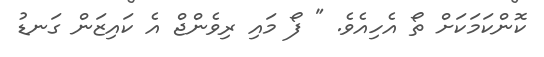
ކޮންކަމަކަށް ތޯ އެހިއެވެ. " ފޯ މައި ރިވެންޖް އެ ކައިޒަން ގަނޑު